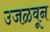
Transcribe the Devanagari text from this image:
उजळवून